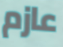
عازم